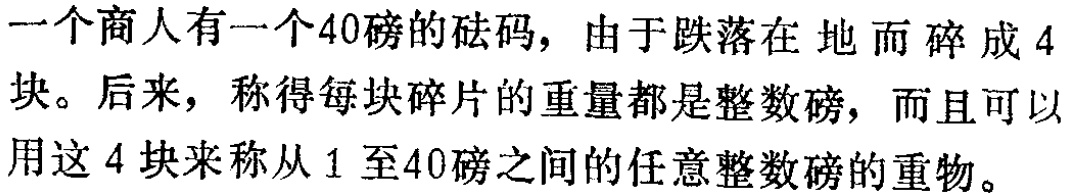
一个商人有一个40磅的砝码，由于跌落在地而碎成4块。后来，称得每块碎片的重量都是整数磅，而且可以用这4块来称从1至40磅之间的任意整数磅的重物。